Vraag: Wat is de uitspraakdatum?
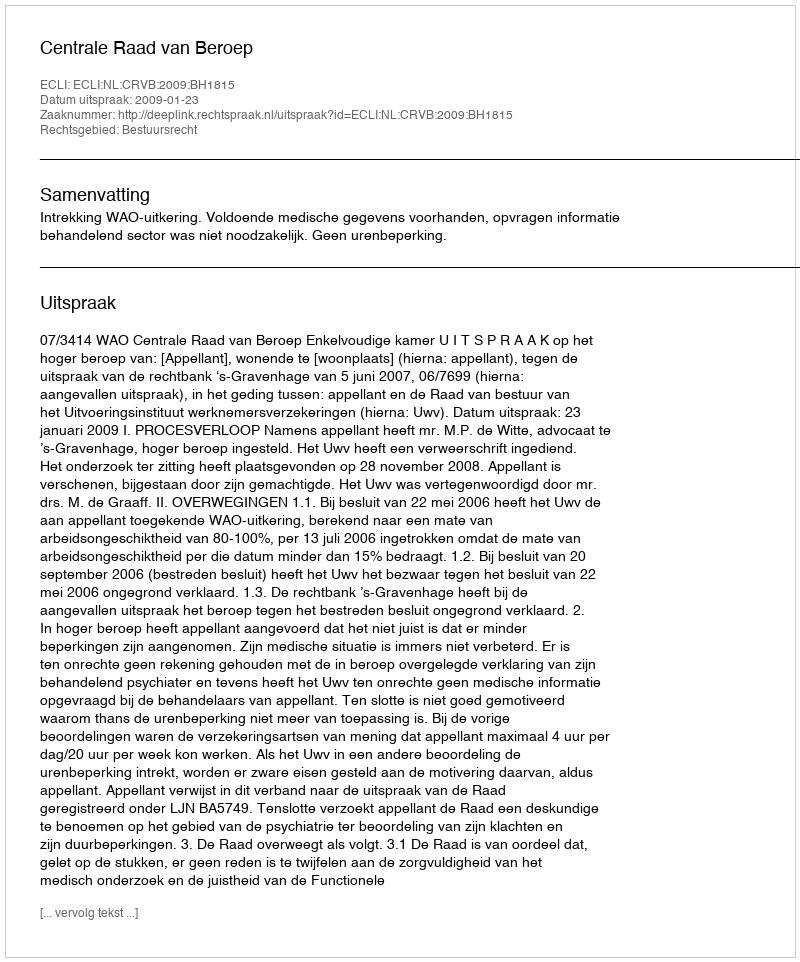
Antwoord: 2009-01-23